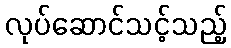
လုပ်ဆောင်သင့်သည့်